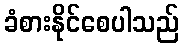
ခံစားနိုင်စေပါသည်